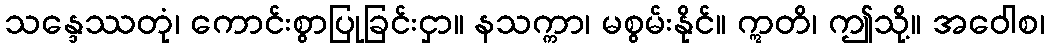
သန္ဒေဿတုံ၊ ကောင်းစွာပြုခြင်းငှာ။ နသက္ကာ၊ မစွမ်းနိုင်။ ဣတိ၊ ဤသို့။ အဝေါစ၊